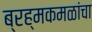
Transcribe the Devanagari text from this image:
ब्रह्मकमळांचा